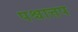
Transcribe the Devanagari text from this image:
पश्चात्तप